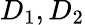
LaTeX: D_{1},D_{2}